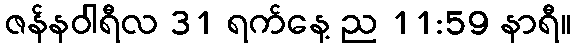
ဇန်နဝါရီလ 31 ရက်နေ့ ည 11:59 နာရီ။